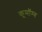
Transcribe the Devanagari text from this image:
कूमॉम्ब